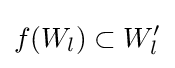
f(W_{l})\subset W'_{l}